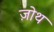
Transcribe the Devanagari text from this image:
ज़ोथ